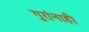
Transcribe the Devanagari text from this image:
गुरांनाही